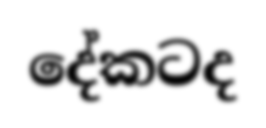
දේකටද